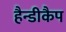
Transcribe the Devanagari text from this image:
हैन्डीकैप